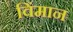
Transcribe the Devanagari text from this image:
विंमान